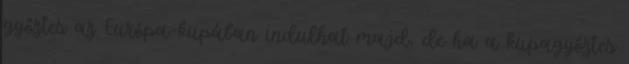
győztes az Európa-kupában indulhat majd, de ha a kupagyőztes